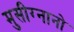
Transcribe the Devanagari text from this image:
मुसीग्नानो